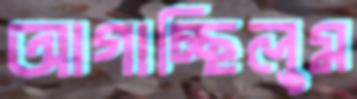
আগাচ্ছিলুম